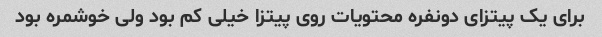
برای یک پیتزای دونفره محتویات روی پیتزا خیلی کم بود ولی خوشمره بود